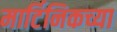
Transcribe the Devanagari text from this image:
मार्टिनिकच्या